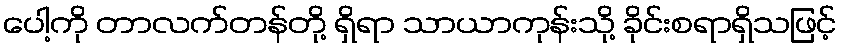
ပေါ့ကို တာလက်တန်တို့ ရှိရာ သာယာကုန်းသို့ ခိုင်းစရာရှိသဖြင့်